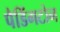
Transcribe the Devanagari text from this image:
पैडिंगटोन